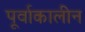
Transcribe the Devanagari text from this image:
पूर्वाकालीन